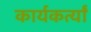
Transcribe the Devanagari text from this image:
कार्यकर्त्यां